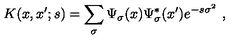
K ( x , x ^ { \prime } ; s ) = \sum _ { \sigma } \Psi _ { \sigma } ( x ) \Psi _ { \sigma } ^ { * } ( x ^ { \prime } ) e ^ { - s \sigma ^ { 2 } } \ ,